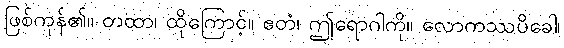
ဖြစ်ကုန်၏။ တထာ၊ ထိုကြောင့်။ ဧတံ၊ ဤရောဂါကို။ လောကဿပိခေါ၊